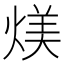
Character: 𪹏